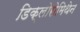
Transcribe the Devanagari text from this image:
डिक्लोरोमिथेन